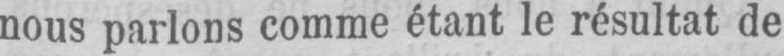
nous parlons comme étant le résultat de